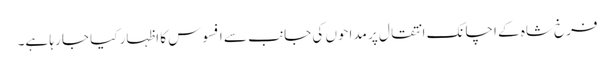
فرخ شاہ کے اچانک انتقال پر مداحوں کی جانب سے افسوس کا اظہار کیا جا رہا ہے۔